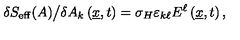
\delta S _ { \mathrm { e f f } } ( A ) \big / \delta A _ { k } \left( \underline { { x } } , t \right) = \sigma _ { H } \varepsilon _ { k \ell } E ^ { \ell } \left( \underline { { x } } , t \right) ,